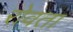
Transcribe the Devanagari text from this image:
रोवता